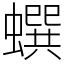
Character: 蟤